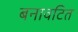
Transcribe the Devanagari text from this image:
बनावटित